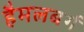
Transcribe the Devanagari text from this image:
हैमलबर्ग